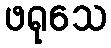
ဖရုသေ